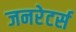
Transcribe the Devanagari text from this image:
जनरेटर्स